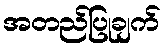
အတည်ပြုချက်